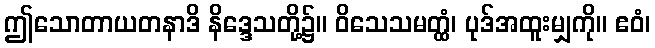
ဤသောတာယတနာဒိ နိဒ္ဒေသတို့၌။ ဝိသေသမတ္ထံ၊ ပုဒ်အထူးမျှကို။ ဧဝံ၊